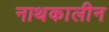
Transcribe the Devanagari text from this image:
नाथकालीन